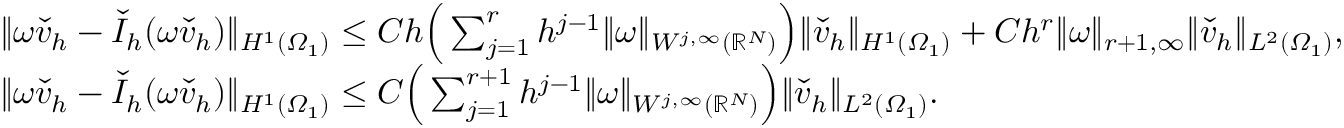
\begin{array} { r l } & { \| \omega \check { v } _ { h } - \check { I } _ { h } ( \omega \check { v } _ { h } ) \| _ { H ^ { 1 } ( \varOmega _ { 1 } ) } \leq C h \Big ( \sum _ { j = 1 } ^ { r } h ^ { j - 1 } \| \omega \| _ { W ^ { j , \infty } ( \mathbb { R } ^ { N } ) } \Big ) \| \check { v } _ { h } \| _ { H ^ { 1 } ( \varOmega _ { 1 } ) } + C h ^ { r } \| \omega \| _ { r + 1 , \infty } \| \check { v } _ { h } \| _ { L ^ { 2 } ( \varOmega _ { 1 } ) } , } \\ & { \| \omega \check { v } _ { h } - \check { I } _ { h } ( \omega \check { v } _ { h } ) \| _ { H ^ { 1 } ( \varOmega _ { 1 } ) } \leq C \Big ( \sum _ { j = 1 } ^ { r + 1 } h ^ { j - 1 } \| \omega \| _ { W ^ { j , \infty } ( \mathbb { R } ^ { N } ) } \Big ) \| \check { v } _ { h } \| _ { L ^ { 2 } ( \varOmega _ { 1 } ) } . } \end{array}